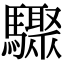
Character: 驟